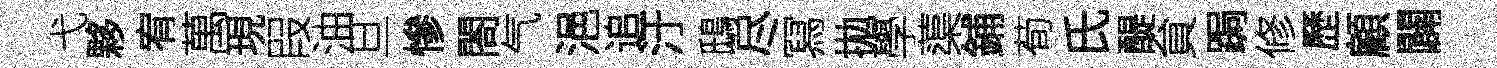
弋夥宥萬現叚油旦慘閤气浥追汙鴟尽冩拋學蕖鋪荀氏醍貟跼修歷顧闢